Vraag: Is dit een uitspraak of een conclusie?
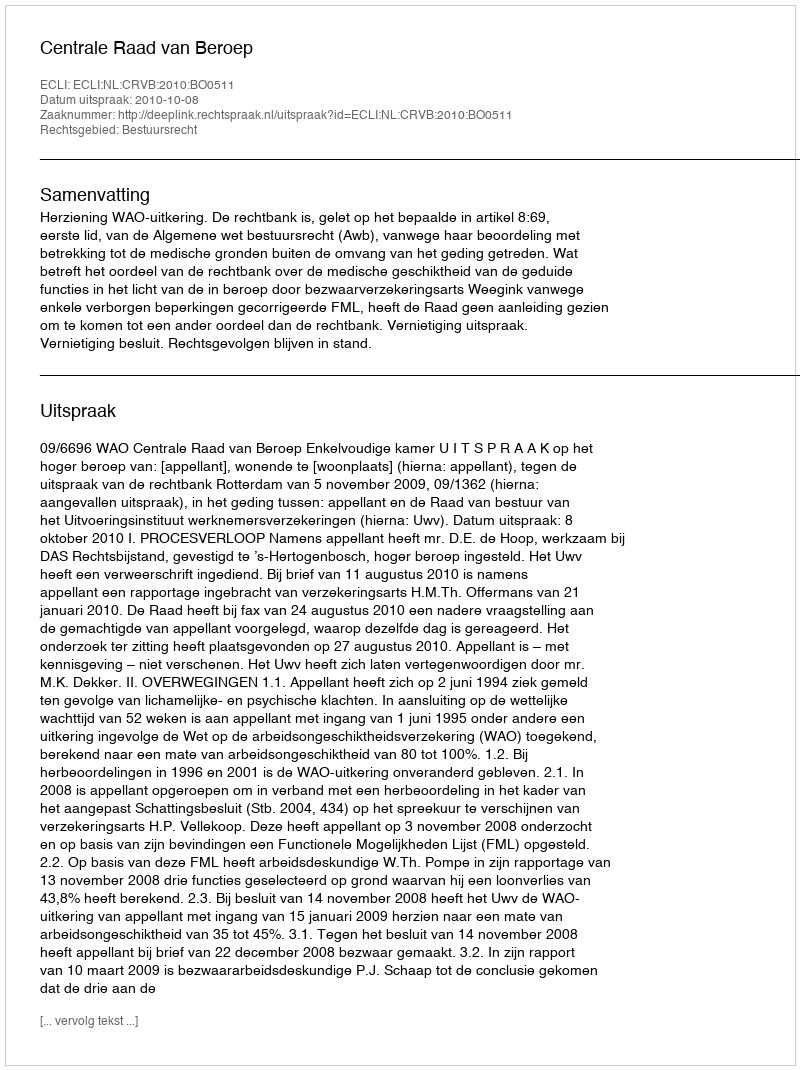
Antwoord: Uitspraak